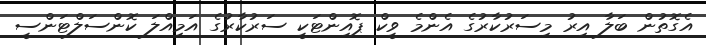
އެގޮތުން ބަލާ އިރު މިސަރުކާރުގެ އެންމެ ވީކް ޕޮއިންޓަކީ ސަރުކާރުގެ އަމިއްލަ ކޮންސަލްޓަންސީ